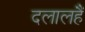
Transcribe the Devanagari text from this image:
दलालहैं